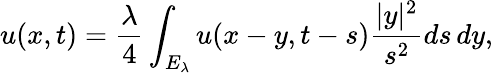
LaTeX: u(x,t)={\frac{\lambda}{4}}\int_{E_{\lambda}}u(x-y,t-s){\frac{|y|^{2}}{s^{2}}}ds\, dy,